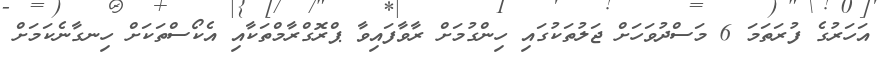
އަހަރުގެ ފުރަތަމަ 6 މަސްދުވަހަށް ޖަލުތަކުގައި ހިންގުމަށް ރާވާފައިވާ ޕްރޮގްރާމްތަކާއި އެކޯސްތަކަށް ހިނގާނެކަމަށް